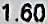
1.60